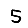
Digit: 5